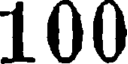
100